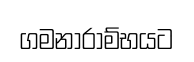
ගමනාරාම්භයට